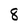
Character: 8